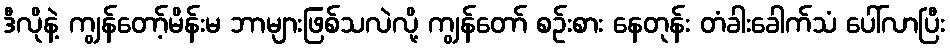
ဒီလိုနဲ့ ကျွန်တော့်မိန်းမ ဘာများဖြစ်သလဲလို့ ကျွန်တော် စဉ်းစား နေတုန်း တံခါးခေါက်သံ ပေါ်လာပြီး